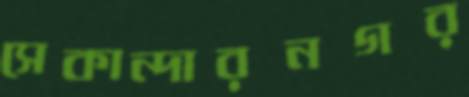
সেকান্দারনগর